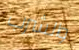
والشرب